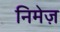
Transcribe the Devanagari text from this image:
निमेज़